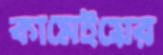
কামেইয়ের